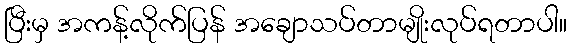
ပြီးမှ အကန့်လိုက်ပြန် အချောသပ်တာမျိုးလုပ်ရတာပါ။